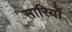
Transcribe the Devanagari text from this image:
सारियों